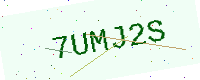
Text: 7UMJ2S